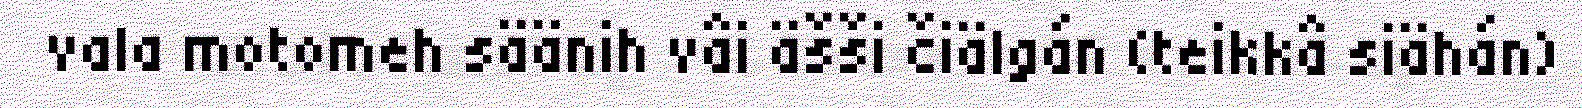
vala motomeh säänih vâi äšši čiälgán (teikkâ siähán)